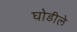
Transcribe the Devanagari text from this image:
घोडीले